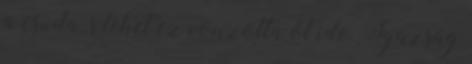
a csuda, s lehet ez vonzotta őt ide. Igazság